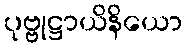
ပုဗ္ဗုဋ္ဌာယိနိယော